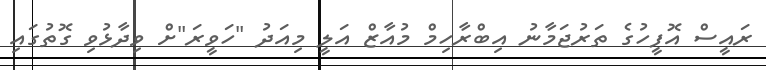
ރައީސް އޮފީހުގެ ތަރުޖަމާނު އިބްރާހިމް މުއާޒް އަލީ މިއަދު "ހަވީރަ"ށް ވިދާޅުވި ގޮތުގައި